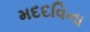
મદદવિના